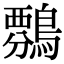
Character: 𪄏